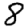
Digit: 8